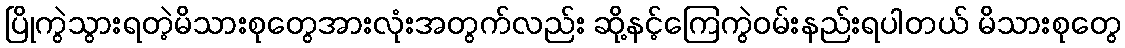
ပြိုကွဲသွားရတဲ့မိသားစုတွေအားလုံးအတွက်လည်း ဆို့နင့်ကြေကွဲဝမ်းနည်းရပါတယ် မိသားစုတွေ